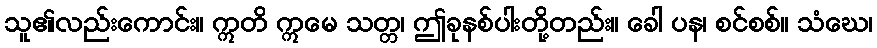
သူ၏လည်းကောင်း။ ဣတိ ဣမေ သတ္တ၊ ဤခုနစ်ပါးတို့တည်း။ ခေါ ပန၊ စင်စစ်။ သံဃေ၊